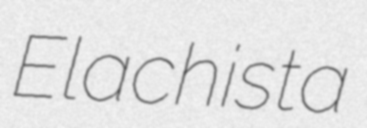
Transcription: Elachista